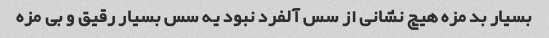
بسیار بد مزه هیچ نشانی از سس آلفرد نبود یه سس بسیار رقیق و بی مزه